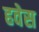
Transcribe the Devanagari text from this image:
हवेस